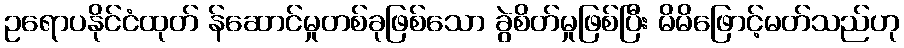
ဥရောပနိုင်ငံထုတ် န်ဆောင်မှုတစ်ခုဖြစ်သော ခွဲစိတ်မှုဖြစ်ပြီး မိမိဖြောင့်မတ်သည်ဟု